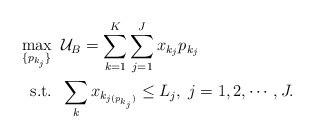
\begin{align*}\max_{\{p_{k_j}\}} &\;\; \mathcal{U}_B=\sum_{k=1}^K \sum_{j=1}^J x_{k_j} p_{k_j} \\\mbox{s.t.} &\;\; \sum_k x_{k_{j(p_{k_j})}} \leq L_j, \; j=1, 2, \cdots, J. \end{align*}